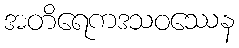
အတိရေကဒသဝဿေန